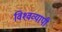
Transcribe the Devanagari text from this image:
विश्‍वव्‍यापी